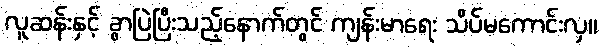
လူဆန်းနှင့် ခွာပြဲပြီးသည့်နောက်တွင် ကျန်းမာရေး သိပ်မကောင်းလှ။